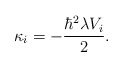
\begin{align*}\kappa_{i}=-\frac {\hbar^{2}\lambda V_{i}}{2}.\end{align*}